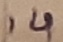
Text: 14